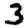
Digit: 3